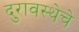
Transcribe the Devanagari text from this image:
दुरावस्थेचे